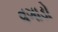
વગાડો